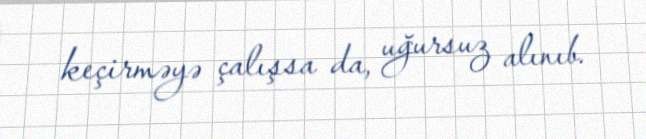
keçirməyə çalışsa da, uğursuz alınıb.